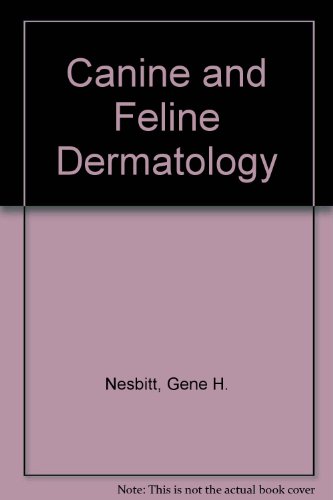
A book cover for Canine and Feline Dermatology; Gene H. Nesbitt; Medical Books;